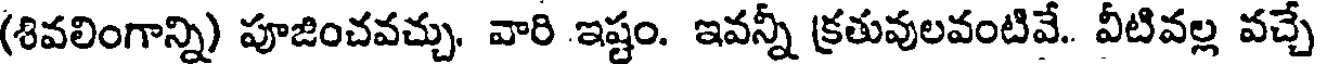
(శివలింగాన్ని) పూజించవచ్చు. వారి ఇష్టం. ఇవన్నీ క్రతువులవంటివే.. వీటివల్ల వచ్చే